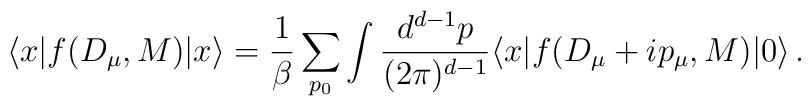
\langle x| f(D_\mu,M)|x\rangle =\frac{1}{\beta}\sum_{p_0}\int \frac{d^{d-1} p}{(2\pi)^{d-1}} \langle x|f(D_\mu+ip_\mu,M)| 0\rangle \,.